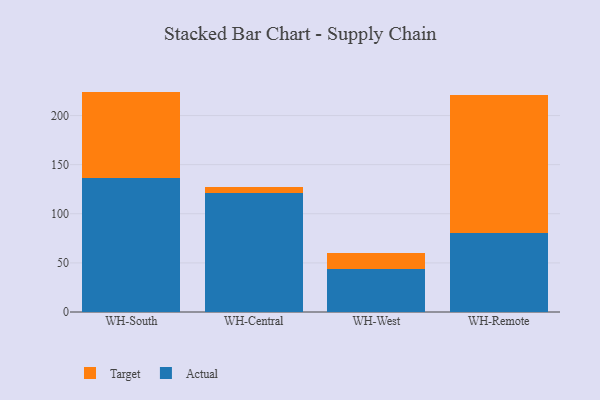
{"axis": {"x": "Warehouse", "y": "Gross Profit (USD K)"}, "legend": ["Actual", "Target"], "data": [{"x": "WH-South", "y": 136.6, "type": "Actual"}, {"x": "WH-South", "y": 87.8, "type": "Target"}, {"x": "WH-Central", "y": 121.4, "type": "Actual"}, {"x": "WH-Central", "y": 6.2, "type": "Target"}, {"x": "WH-West", "y": 43.8, "type": "Actual"}, {"x": "WH-West", "y": 16.3, "type": "Target"}, {"x": "WH-Remote", "y": 80.7, "type": "Actual"}, {"x": "WH-Remote", "y": 139.8, "type": "Target"}]}